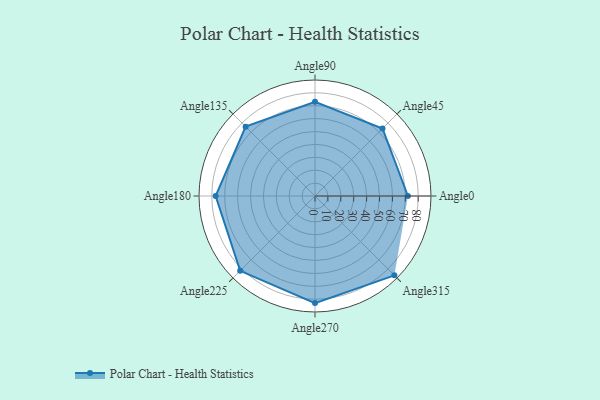
{"axis": {"x": "Angle", "y": "Radius"}, "legend": [""], "data": [{"x": "Angle0", "y": 72.0, "type": ""}, {"x": "Angle45", "y": 74.0, "type": ""}, {"x": "Angle90", "y": 73.0, "type": ""}, {"x": "Angle135", "y": 76.0, "type": ""}, {"x": "Angle180", "y": 77.0, "type": ""}, {"x": "Angle225", "y": 82.0, "type": ""}, {"x": "Angle270", "y": 83.0, "type": ""}, {"x": "Angle315", "y": 87.0, "type": ""}]}